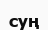
суң